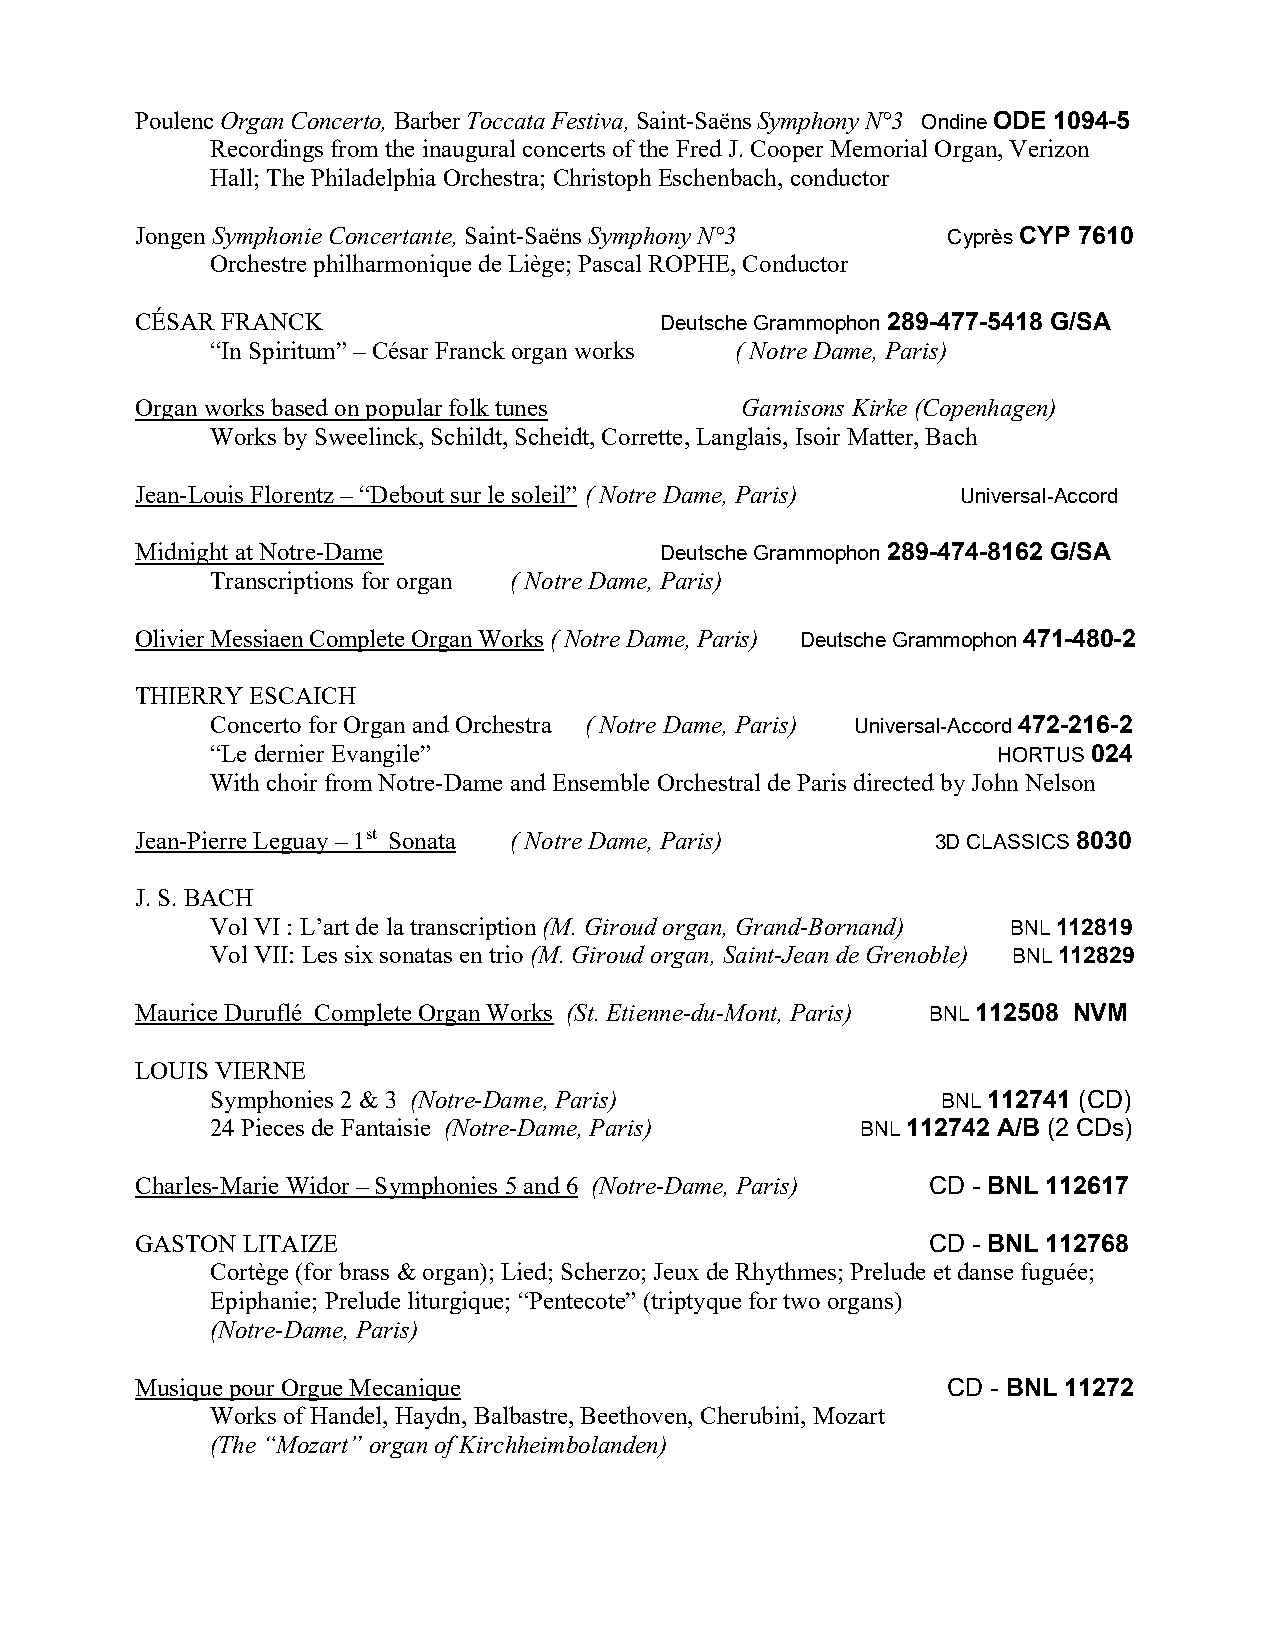
Poulenc Organ Concerto, Barber Toccata Festiva, Saint-Saëns Symphony N°3 Ondine ODE 1094-5
 Recordings from the inaugural concerts of the Fred J. Cooper Memorial Organ, Verizon
 Hall; The Philadelphia Orchestra; Christoph Eschenbach, conductor
 Jongen Symphonie Concertante, Saint-Saëns Symphony N°3 Cyprès CYP 7610
 Orchestre philharmonique de Liège; Pascal ROPHE, Conductor
 CÉSAR FRANCK                       Deutsche Grammophon 289-477-5418 G/SA
 “In Spiritum” – César Franck organ works ( Notre Dame, Paris)
 Organ works based on popular folk tunes Garnisons Kirke (Copenhagen)
 Works by Sweelinck, Schildt, Scheidt, Corrette, Langlais, Isoir Matter, Bach
 Jean-Louis Florentz – “Debout sur le soleil” ( Notre Dame, Paris) Universal-Accord
 Midnight at Notre-Dame             Deutsche Grammophon 289-474-8162 G/SA
 Transcriptions for organ ( Notre Dame, Paris)
 Olivier Messiaen Complete Organ Works ( Notre Dame, Paris) Deutsche Grammophon 471-480-2
 THIERRY ESCAICH
 Concerto for Organ and Orchestra ( Notre Dame, Paris) Universal-Accord 472-216-2
 “Le dernier Evangile”                               HORTUS 024
 With choir from Notre-Dame and Ensemble Orchestral de Paris directed by John Nelson
 Jean-Pierre Leguay – 1st Sonata ( Notre Dame, Paris) 3D CLASSICS 8030
 J. S. BACH
 Vol VI : L’art de la transcription (M. Giroud organ, Grand-Bornand) BNL 112819
 Vol VII: Les six sonatas en trio (M. Giroud organ, Saint-Jean de Grenoble) BNL 112829
 Maurice Duruflé Complete Organ Works (St. Etienne-du-Mont, Paris) BNL 112508 NVM
 LOUIS VIERNE
 Symphonies 2 & 3 (Notre-Dame, Paris)            BNL 112741 (CD)
 24 Pieces de Fantaisie (Notre-Dame, Paris) BNL 112742 A/B (2 CDs)
 Charles-Marie Widor – Symphonies 5 and 6 (Notre-Dame, Paris) CD - BNL 112617
 GASTON LITAIZE                                      CD - BNL 112768
 Cortège (for brass & organ); Lied; Scherzo; Jeux de Rhythmes; Prelude et danse fuguée;
 Epiphanie; Prelude liturgique; “Pentecote” (triptyque for two organs)
 (Notre-Dame, Paris)
 Musique pour Orgue Mecanique                          CD - BNL 11272
 Works of Handel, Haydn, Balbastre, Beethoven, Cherubini, Mozart
 (The “Mozart” organ of Kirchheimbolanden)